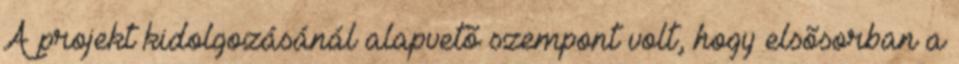
A projekt kidolgozásánál alapvetõ szempont volt, hogy elsõsorban a